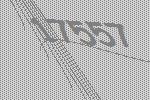
17557